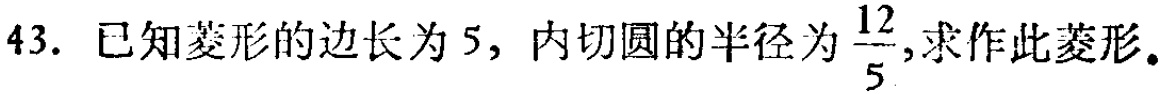
43. 已知菱形的边长为 \(5\)，内切圆的半径为 \(\frac{12}{5}\)，求作此菱形。